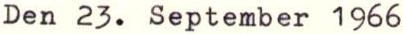
Den 23. September 1966